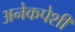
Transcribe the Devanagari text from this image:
अनेकपेशी